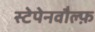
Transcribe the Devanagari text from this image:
स्टेपेनवौल्फ़